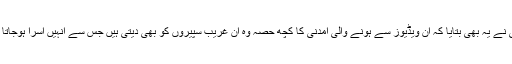
رابی نے یہ بھی بتایا کہ ان ویڈیوز سے ہونے والی آمدنی کا کچھ حصہ وہ ان غریب سپیروں کو بھی دیتی ہیں جس سے انہیں آسرا ہوجاتا ہے۔